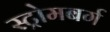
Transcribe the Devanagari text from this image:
स्ट्रोमबर्ग